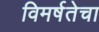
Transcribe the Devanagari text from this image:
विमर्षतेचा